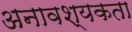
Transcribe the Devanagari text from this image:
अनावश्यकता